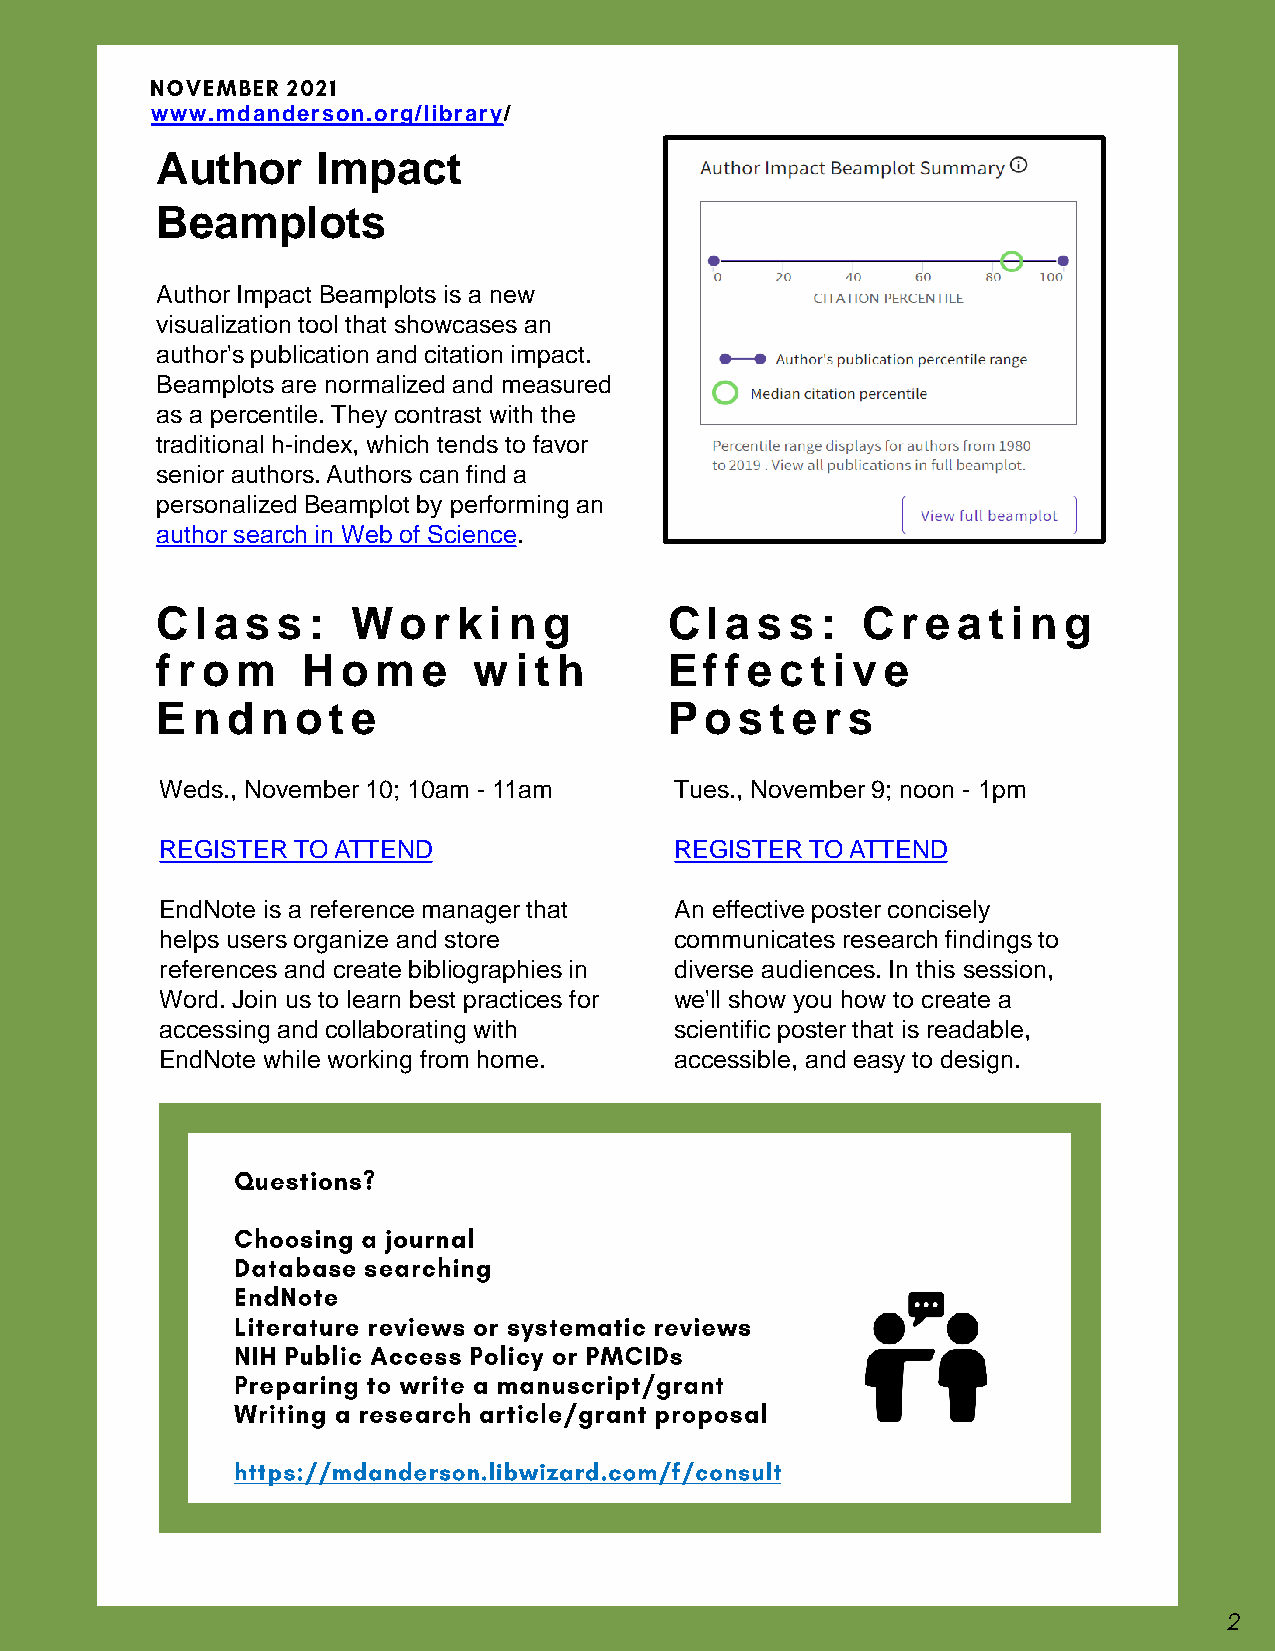
www.mdanderson.org/library/
 Author     Impact
 Beamplots
 Author Impact Beamplots is a new
 visualization tool that showcases an
 author's publication and citation impact.
 Beamplots are normalized and measured
 as a percentile. They contrast with the
 traditional h-index, which tends to favor
 senior authors. Authors can find a
 personalized Beamplot by performing an
 author search in Web of Science.
 C  l a s s : Wo    r k i n g      C  l a s s : C  r e a t i n g
 f r o m   H  o m  e  w  i t h     E  f f e c t i v e
 E  n d n  o t e                   P  o s t e r s
 Weds., November 10; 10am - 11am   Tues., November 9; noon - 1pm
 REGISTER TO ATTEND                REGISTER TO ATTEND
 EndNote is a reference manager that An effective poster concisely
 helps users organize and store    communicates research findings to
 references and create bibliographies in diverse audiences. In this session,
 Word. Join us to learn best practices for we'll show you how to create a
 accessing and collaborating with  scientific poster that is readable,
 EndNote while working from home.  accessible, and easy to design.